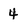
Character: 4